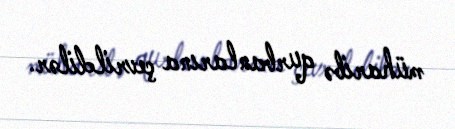
müharibə qurbanlarına çevrildilər.